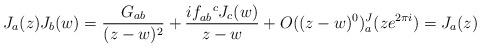
LaTeX: \begin{align*}J_a(z) J_b (w) = \frac{G_{ab}}{(z-w)^2} + \frac{i f_{ab}^{\ \ c} J_{c}(w)}{z-w} + O((z-w)^0) \sp J_a(ze^{2 \pi i})=J_a(z) \end{align*}